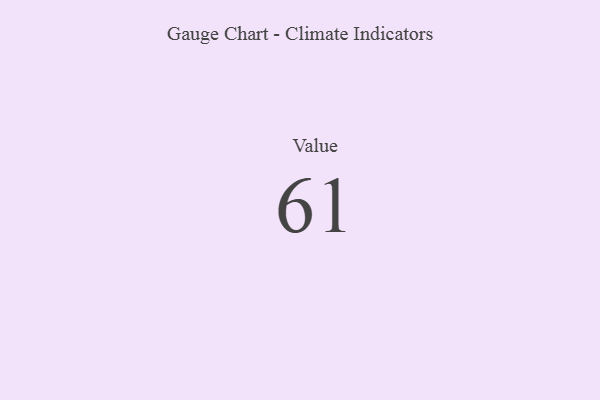
{"axis": {"x": "Metric", "y": "Value"}, "legend": [""], "data": [{"x": "Value", "y": 61, "type": ""}]}